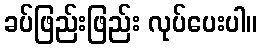
ခပ်ဖြည်းဖြည်း လုပ်ပေးပါ။